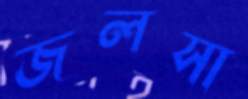
জলসা